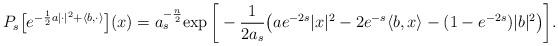
LaTeX: \begin{align*}P_s\big[e^{ -\frac12a|\cdot|^2 + \langle b, \cdot\rangle }\big](x)=a_s^{-\frac{n}{2}}{\rm exp}\, \bigg[-\frac1{2a_s} \big(ae^{-2s} |x|^2 - 2e^{-s} \langle b,x\rangle-(1-e^{-2s}) |b|^2\big)\bigg].\end{align*}